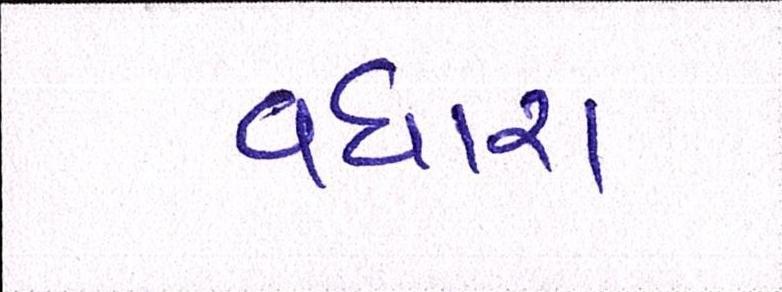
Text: વધારા